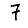
Digit: 7